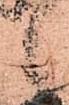
候